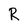
Character: R